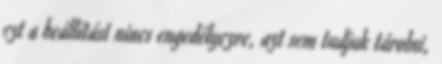
ezt a beállítást nincs engedélyezve, azt sem tudjuk tárolni,